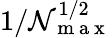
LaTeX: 1/\mathcal{N}_{\mathrm{{~m~a~x~}}}^{1/2}